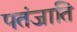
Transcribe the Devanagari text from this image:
पतंजाति